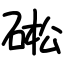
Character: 硹